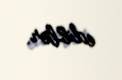
ediblər.